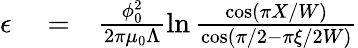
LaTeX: \begin{array}{rlr}{\epsilon}&{{}=}&{\frac{\phi_{0}^{2}}{2\pi\mu_{0}\Lambda}\ln\frac{\cos(\pi X/W)}{\cos(\pi/2-\pi\xi/2W)}}\end{array}